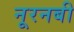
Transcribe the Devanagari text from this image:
नूरनबी